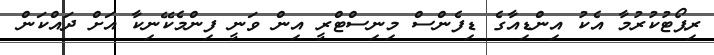
ރިޕޯޓުކުރުމާ އެކު އިންޑިއާގެ ޑިފެންސް މިނިސްޓްރީ އިން ވަނީ ފިންމެކޭނިކާ އަށް ދައްކަން